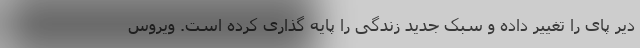
دیر پای را تغییر داده و سبک جدید زندگی را پایه گذاری کرده است. ویروس